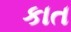
કાત